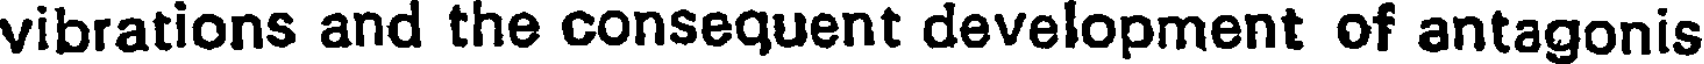
vibrations and the consequent development of antagonis